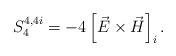
LaTeX: \begin{align*}S^{4,4i}_{4}=-4\left [\vec E\times\vec H\right ]_i.\end{align*}